Annual report of the Punjab Veterinary College and of the Civil Veterinary Department, Punjab - 1909-1919
Year: 1909
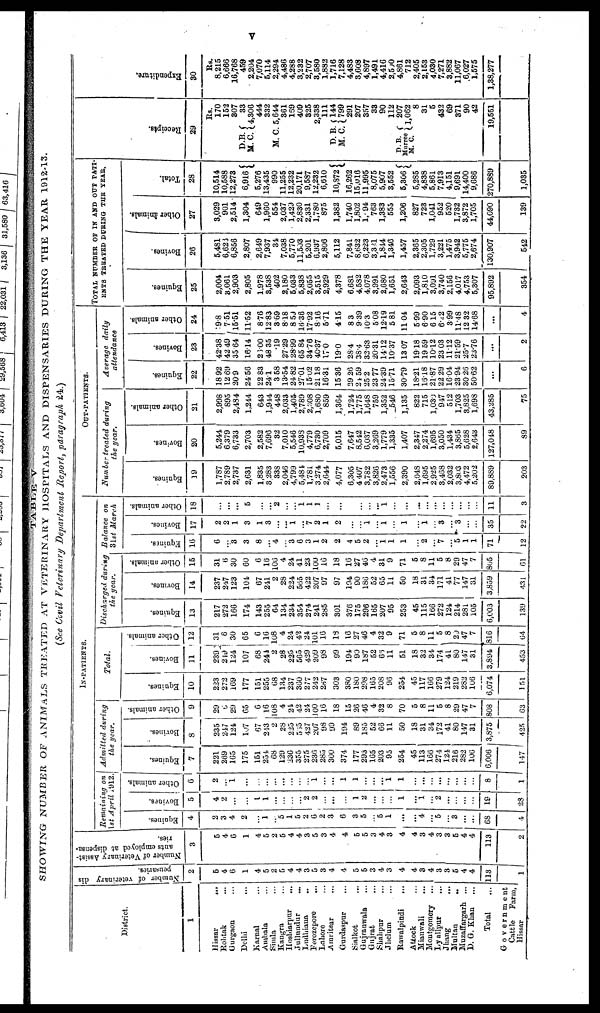
v
TABLE V
SHOWING NUMBER OF ANIMALS TREATED AT VETERINARY HOSPITALS AND DISPENSARIES DURING THE YEAR, 1912-13.
(See Civil Veterinary Department Report, paragraph 24.)
District.
1
Hissar
...
Rohtak ...
Gurgaon ...
Delhi ...
Karnal ...
Ambala ...
Simla ...
Kangra ...
Hoshiarpur ...
Jullundur ...
Ludhiana ...
Ferozepore
...
Lahore
Amritsar ...
Gurdaspur ...
Sialkot ...
Gujranwala ...
Gujrat ...
Shahpur ...
Jhelum ...
Rawalpindi
Attock ...
Mianwali ...
Montgomery ...
Lyallpur ...
Jhang
...
Multan ..
Muzaffargarh
...
D. G. Khan
...
Total
Government
Cattle
Farm,
Hissar
Number of veterinary dis-
pensaries.
2
5
4
6
1
4
5
2
5
4
4
3
5
3
4
4
5
5
3
4
3
4
4
3
4
3
3
6
4
4
113
1
Number of Veterinary Assist-
ants employed at dispensa-
ries.
3
5
4
6
1
4
5
2
5
4
4
3
5
3
4
4
5
5
3
4
3
4
4
3
4
3
3
5
4
4
113
2
IN-PATIENTS.
Remaining
on
1st April 1912.
Equines.
4
2
3
4
2
...
1
...
5
1
5
2
6
2
3
6
3
5
...
5
1
...
...
4
...
5
...
3
...
...
68
4
Bovines.
5
4
2
...
...
1
1
...
...
...
...
2
2
...
...
...
1
2
...
...
...
1
...
1
...
2
...
...
...
...
19
28
Other animals.
6
2
...
1
...
...
...
...
...
...
...
...
1
...
...
1
1
...
...
...
1
1
...
...
...
...
...
...
...
...
8
1
Admitted
during
the year.
Equines.
7
221
269
1G5
175
151
254
68
129
236
355
275
236
285
300
374
177
293
165
203
95
254
45
113
166
274
124
216
282
106
6,006
147
Bovines.
8
235
247
124
107
67
213
2
28
225
555
427
207
98
99
194
89
185
52
66
11
50
18
31
34
172
41
80
147
31
3,875
425
Other animals.
9
29
6
29
65
6
16
108
4
24
42
24
100
16
18
15
26
46
4
32
8
70
5
8
11
5
8
29
47
7
808
63
Total.
Equines.
10
223
272
169
177
151
255
68
134
237
360
277
242
287
303
380
180
298
165
208
96
254
45
117
166
279
124
219
282
106
6,074
151
Bovines.
11
239
249
124
107
68
244
2
28
225
565
429
209
98
99
194
90
187
52
65
11
51
18
32
34
174
41
80
147
31
3,894
453
Other animals.
12
31
6
30
65
6
16
108
4
24
42
24
101
16
18
16
27
46
4
32
9
71
5
8
11
5 8
29
47
7
816
64
Discharged
during
the year.
Balance
on
31st
March
Equines.
13
217
272
166
174
143
255
64
134
234
354
274
241
285
301
376
175
296
165
207
95
253
45
115
166
272
124
214
281
105
6,003
139
Bovines.
14
237
247
123
104
67
241
2
28
224
565
422
207
97
97
194
90
186
52
65
11
50
18
31
34
171
41
77
147
31
3,859
431
Other animals.
15
31
6
30
60
6
16
106
4
24
41
23
100
16
18
16
27
46
4
31
9
71
5
8
11
5
8
29
47
7
805
61
Equines.
16
6
3
3
8
...
4
...
3
6
3
1
2
2
4
5
2
...
1
1
1
...
2
...
7
...
5
1
1
71
12
Bovines.
17
2
2
1
3
1
3
...
...
1
...
7
2
1
2
...
...
1
...
1
...
1
...
1
...
3
...
3
...
...
35
22
Other animals.
18
...
...
...
5
...
...
2
...
...
1
1
1
...
...
...
...
...
...
1
...
...
...
...
...
...
...
...
...
...
11
3
OUT-PATIENTS.
Number treated
during
the year.
Equines.
19
1,787
2,789
2,737
2,631
1,835
8 283
338
2,046
4,799
5,484
1,784
3,274
2,644
4,077
6,305
4 407
3,782
3,826
2,473
1,556
2,390
2,048
1,695
2,925
3,468
2,032
3,803
4,472
5,202
89,889
203
Bovines.
20
5,244
6,379
6,733
2,703
2,582
7,696
32
7,010
5,546
10,933
4,779
6,730
2,709
5,015
7,647
8,542
6,037
3,269
1,779
1,335
1,407
2,347
2,274
1,695
3,050
1,434
3,865
5,628
2,643
127,048
89
Other animals.
21
2,998
895
2,484
1,244
643
1,944
448
2,033
1,405
2,789
2,308
1,680
859
1,364
1,724
1,775
1,648
759
1,352
546
1,135
822
715
1,030
947
512
1,703
3,825
1,698
43,285
75
Average
daily
attendance
Equines.
22
18.92
12.69
20.9
24.56
22.83
24.1
35.8
13.54
24.82
27.01
15.02
21.18
16.31
15 36
29 26
24 59
25.2
23.77
24.39
15.71
30.79
18.21
16.18
21.87
22.29
16.04
23.94
30.26
50.62
...
6
Bovines.
23
42.38
42 49
35 64
1614
26.00
48.35
.19
27.29
28.99
65.84
34.76
40.37
17.0
19.0
28.4
38.4
32.63
20.31
14.12
10.37
13.07
19.18
19.59
10.12
23.03
11.12
21.59
25.7
23.76
...
2
Other animals.
24
9.8
7.51
15.51
11.52
8.76
12.83
3.69
8.18
8.59
16.36
17.92
8.16
5.71
4.15
8.3
9.39
10.3
5.08
12.19
5.81
11.04
599
6.90
6 15
6.22
3.99
11.48
12 32
14.68
...
4
TOTAL NUMBER OF IN OUT PATI-
ENTS TREATED DURING THE YEAR.
Equines.
25
2,004
3,061
2,903
2,805
1,978
3,538
402
2,180
5,033
5,838
2,055
3,515
2,929
4,378
6,681
4,582
4,078
3,991
2,680
1,651
2,643
2,093
1,810
3,091
3,740
2,156
4,017
4,753
5,307
95,892
354
Bovines.
26
5,481
6,623
6,856
2,807
2,649
7,937
34
7,038
5,770
11,503
5,201
6,937
2,806
5,112
7,841
8,632
6,223
3,321
1,844
1,346
1,457
2,365
2,305
1,729
3,221
1,475
3,942
5,775
2,674
130,907
542
Other animals.
27
3,029
901
2,514
1,304
649
1,960
554
2,037
1,429
2,830
2,331
1,780
875
1,382
1,740
1,802
1,/ill/ 94
763
1,383
555
1,206
827
723
1,041
952
520
1,732
3,872
1,705
44,090
139
Total.
28
10,514
10,588
12,273
6,916
5,276
13,435
990
11,255
12,232
20,171
9,587
12,232
6,610
10,872
16,262
15,016
11,995
8,075
5,907
3,552
5,306
5,285
4,838
5,861
7,913
4,151
9,691
14,400
9,686
270,889
1,035
Recei pt s.
29
Rs.
170
152
307
D.B 33
M. C. 4,306 444
332
M. C. 5,644
361
159
409
825
2,338
111
D. B. 144
M. C. 799
291
207
357
33
90
112
D. B. 207
Murree
M.C 1,062
8
31
5
432
69
371
90
42
19,551
Expe ndi t
ur e .
30
Rs.
8,215
6,666
16,768
459
2,204
7,070
5,114
2,294
4,486
4,288
3,232
2,707
3,580
1,882
1,716
7,128
4,483
3,608
4,897
1,491
4,416
2,500
4,861
712
2,405
2,153
4,030
7,271
3,882
11,067
6,027
1,575
1,38,277